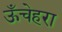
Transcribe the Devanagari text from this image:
ऊँचेहरा